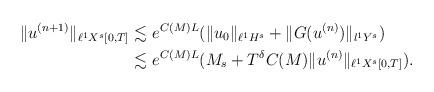
LaTeX: \begin{align*}\| u^{(n+1)}\|_{\ell^1 X^{s}[0,T] } \lesssim & \ e^{C(M) L} ( \| u_0\|_{\ell^1 H^{s}} + \| G(u^{(n)}) \|_{l^1Y^s})\\ \lesssim & \ e^{C(M) L} ( M_s + T^\delta C(M) \|u^{(n)} \|_{ \ell^1 X^{s}[0,T] }) .\end{align*}